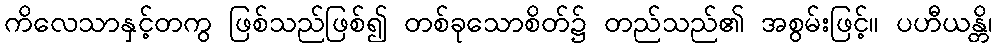
ကိလေသာနှင့်တကွ ဖြစ်သည်ဖြစ်၍ တစ်ခုသောစိတ်၌ တည်သည်၏ အစွမ်းဖြင့်။ ပဟီယန္တိ၊